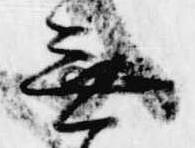
無